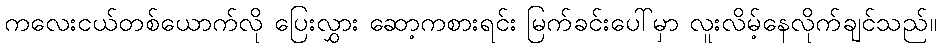
ကလေးငယ်တစ်ယောက်လို ပြေးလွှား ဆော့ကစားရင်း မြက်ခင်းပေါ်မှာ လူးလိမ့်နေလိုက်ချင်သည်။